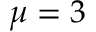
\mu = 3